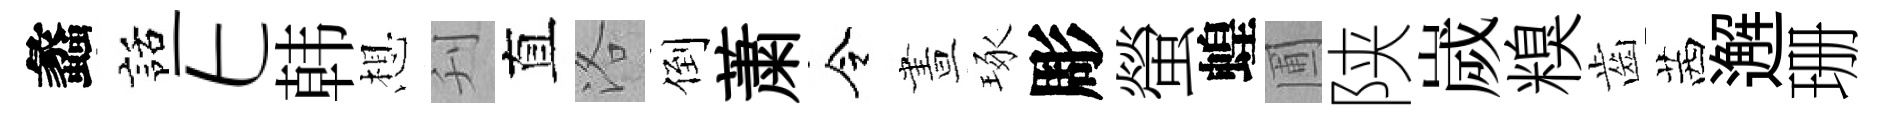
蠡話E韩想刋直洛倒䔥令晝琢彫螢蝗圃陕嵗糗齒茜邂珊